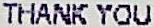
THANK YOU